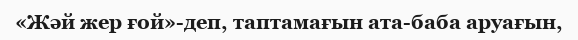
«Жәй жер ғой»-деп, таптамағын ата-баба аруағын,